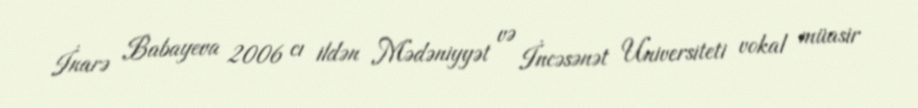
İnarə Babayeva 2006 cı ildən Mədəniyyət və İncəsənət Universiteti vokal müasir